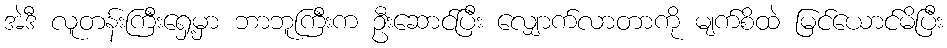
အဲဒီ လူတန်းကြီးရှေ့မှာ ဘာဘူကြီးက ဦးဆောင်ပြီး လျှောက်လာတာကို မျက်စိထဲ မြင်ယောင်မိပြီး